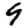
Digit: 9